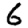
Digit: 6